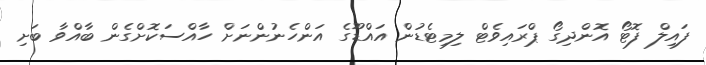
ފައިލް ފޮޓޯ އޮންދިގޯ ޕްރައިވެޓް ލިމިޓެޑުން އައްޑޫގެ އަންހެނުންނަށް ހާއްސަކޮށްގެން ބާއްވާ ބަށި